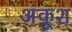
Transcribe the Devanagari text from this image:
अंकूश